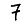
Digit: 7